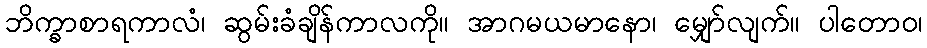
ဘိက္ခာစာရကာလံ၊ ဆွမ်းခံချိန်ကာလကို။ အာဂမယမာနော၊ မျှော်လျက်။ ပါတောဝ၊